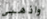
واذهبي